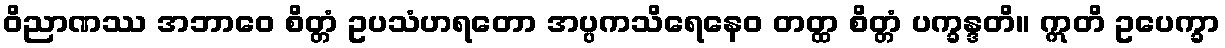
ဝိညာဏဿ အဘာဝေ စိတ္တံ ဥပသံဟရတော အပ္ပကသိရေနေဝ တတ္ထ စိတ္တံ ပက္ခန္ဒတိ။ ဣတိ ဥပေက္ခာ